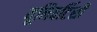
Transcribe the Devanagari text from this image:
यूनिवर्टिसी